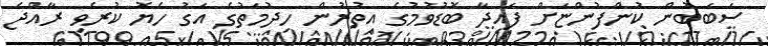
ސަބަބުން ކުންފުންޏަށް ފައިދާ ބޮޑުވުމުގެ އިތުރުން ހިދުމަތުގެ އަގު ހެޔޮ ކުރެވި ރާއްޖެ